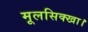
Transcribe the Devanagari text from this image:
मूलसिक्खा।